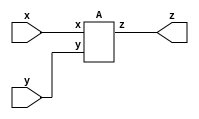
module top_module (input x, input y, output z);

    A A_inst(
          .x 	( x  ),
          .y 	( y  ),
          .z 	( z  )
      );


endmodule


module A (input x, input y, output z);

    assign z = (x^y) & x;

endmodule